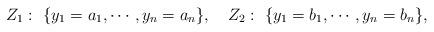
LaTeX: \begin{align*} Z_1: \ \{ y_1 = a_1, \cdots, y_n = a_n\}, \ \ \ Z_2: \ \{y_1 = b_1, \cdots, y_n = b_n\}, \end{align*}